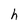
Character: h